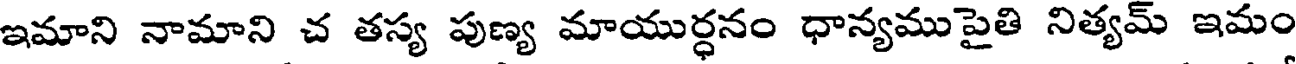
ఇమాని నామాని చ తస్య పుణ్య మాయుర్ధనం ధాన్యము పైతి నిత్యమ్ ఇమం